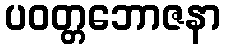
ပဝတ္တဘောဇနာ